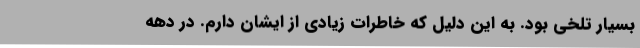
بسیار تلخی بود. به این دلیل که خاطرات زیادی از ایشان دارم. در دهه